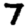
Digit: 7